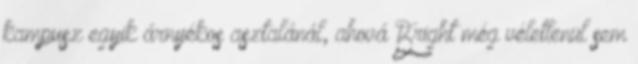
kampusz egyik árnyékos asztalánál, ahová Bright még véletlenül sem